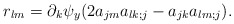
\begin{align*} r_{lm}= \partial_k \psi_y(2 a_{jm}a_{lk;j}-a_{jk}a_{lm;j}).\end{align*}